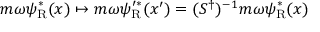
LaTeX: m \omega \psi _ { \mathrm { { R } } } ^ { * } ( x ) \mapsto m \omega \psi _ { \mathrm { { R } } } ^ { \prime * } ( x ^ { \prime } ) = ( S ^ { \dagger } ) ^ { - 1 } m \omega \psi _ { \mathrm { { R } } } ^ { * } ( x )